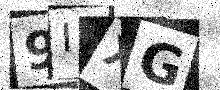
Text: 9IXG